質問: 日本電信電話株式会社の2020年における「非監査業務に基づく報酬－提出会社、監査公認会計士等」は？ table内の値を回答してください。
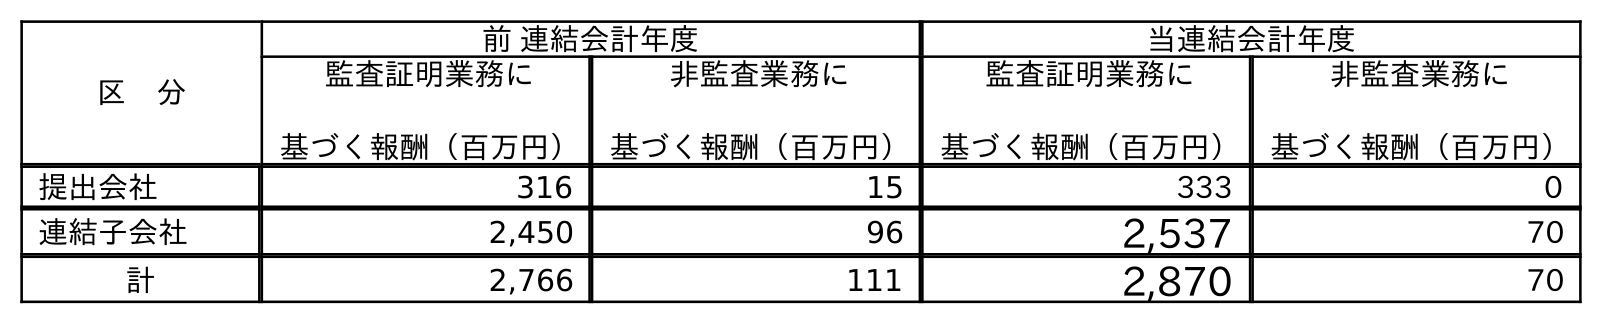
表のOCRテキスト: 区 分 前 連結会計年度 当連結会計年度 監査証明業務に 基づく報酬（百万円） 非監査業務に 基づく報酬（百万円） 監査証明業務に 基づく報酬（百万円） 非監査業務に 基づく報酬（百万円） 提出会社 316 15 333 0 連結子会社 2,450 96 2,537 70 計 2,766 111 2,870 70
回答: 0